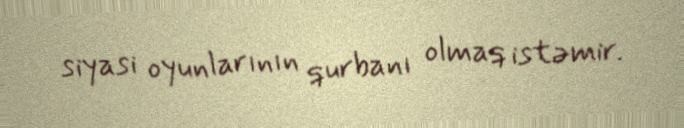
siyasi oyunlarının qurbanı olmaq istəmir.